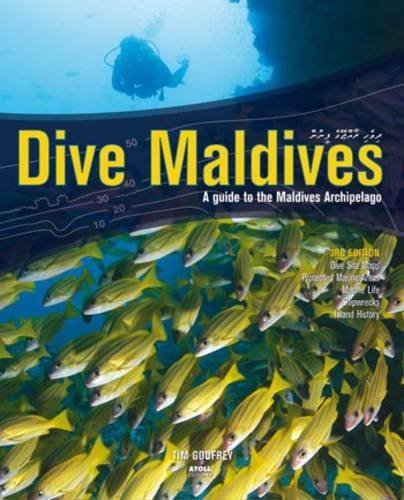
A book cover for Dive Maldives: A Guide to the Maldives Archipelago; Tim Godfrey; Sports & Outdoors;